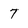
Character: 7